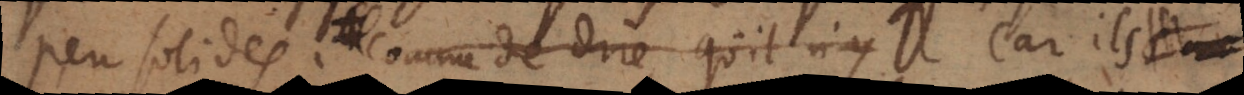
peu solides comme de dire qu’il n’y car ils